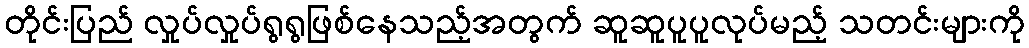
တိုင်းပြည် လှုပ်လှုပ်ရွရွဖြစ်နေသည့်အတွက် ဆူဆူပူပူလုပ်မည့် သတင်းများကို